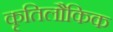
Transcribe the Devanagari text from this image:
कृतिलौकिक